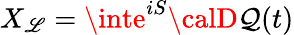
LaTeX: X_{\mathscr{L}}=\inte^{iS}{\calD}\mathcal{Q}(t)